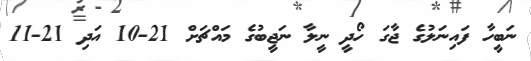
ނަބީހާ ފައިނަލުގެ ޖާގަ ހޯދީ ނީލާ ނަޖީބުގެ މައްޗަށް 21-10 އަދި 21-11